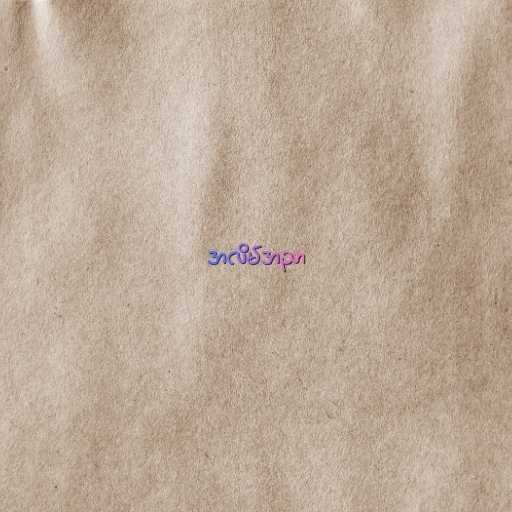
အလိမ်အညာ